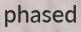
phased